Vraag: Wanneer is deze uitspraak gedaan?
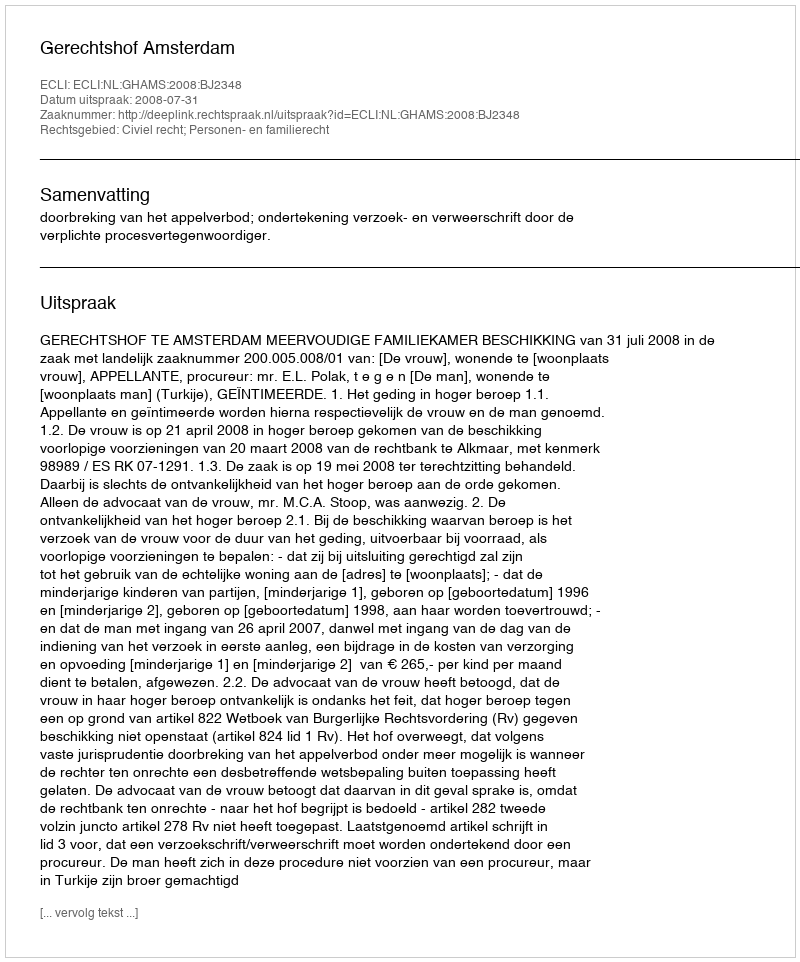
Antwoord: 2008-07-31